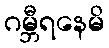
ဂမ္ဘီရနေမိ